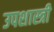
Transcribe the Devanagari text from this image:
उपशास्त्री